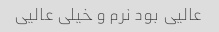
عالیی بود نرم و خیلی عالیی